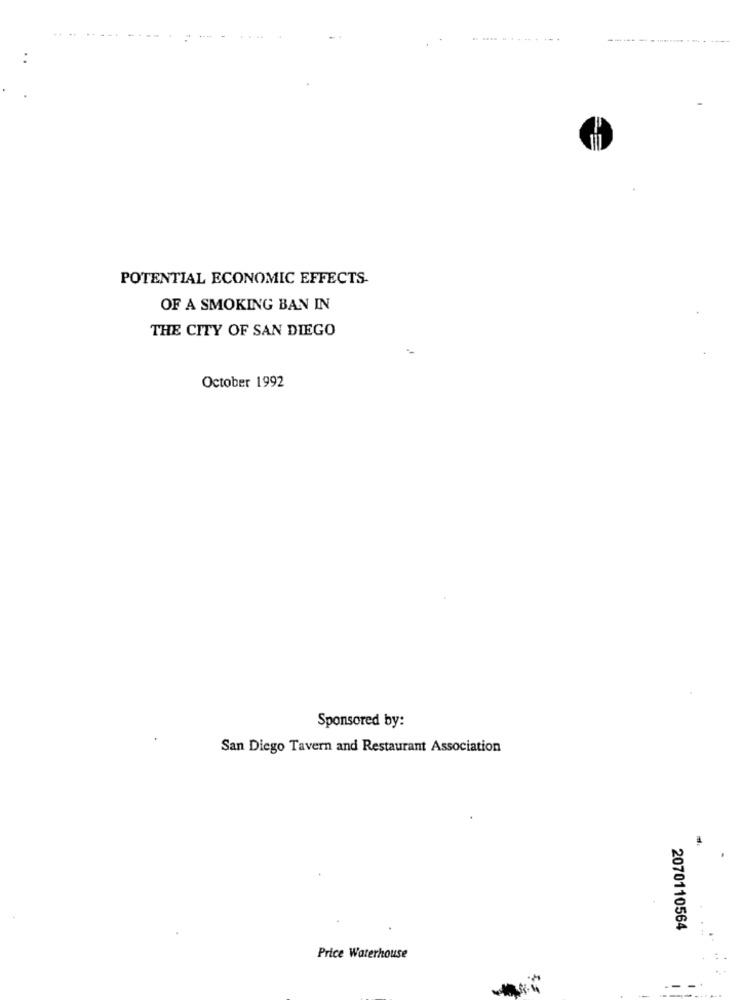
POTENTIAL ECONOMIC EFFECTS-
OF A SMOKING BAN IN
THE CITY OF SAN DIEGO
October 1992
Sponsored by:
San Diego Tavern and Restaurant Association
2070110564
Price Waterhouse